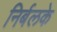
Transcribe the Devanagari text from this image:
निर्बलके